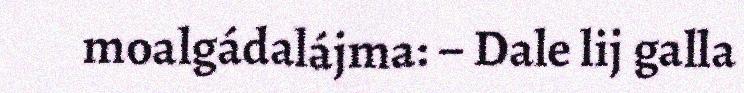
moalgádalájma: – Dale lij galla